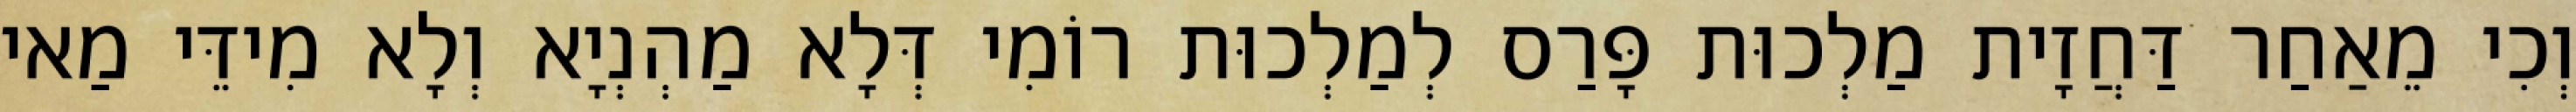
וְכִי מֵאַחַר דַּחֲזָית מַלְכוּת פָּרַס לְמַלְכוּת רוֹמִי דְּלָא מַהְנְיָא וְלָא מִידֵּי מַאי